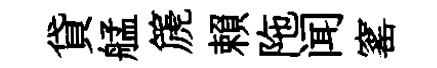
貸艋篪賴陁闻窰